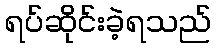
ရပ်ဆိုင်းခဲ့ရသည်